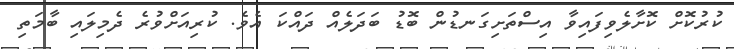
ކުރުކޮށް ކޮށާލެވިފައިވާ އިސްތަށިގަނޑުން ބޮޑު ބަދަލެއް ދައްކަ އެވެ. ކުރިއަށްވުރެ ދެމިލައި ބާމަތި